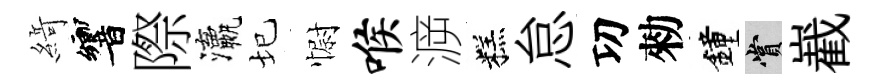
𦂶響際瀛圮𢠢喉㴑糕怠㓛勑鐘賞嶻